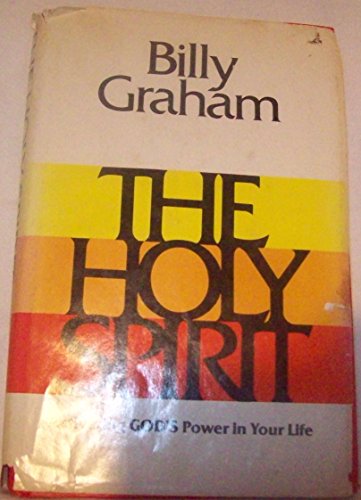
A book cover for The Holy Spirit; Billy Graham; Religion & Spirituality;